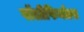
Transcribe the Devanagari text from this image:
पॉलीफिनोल्स